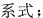
系式；